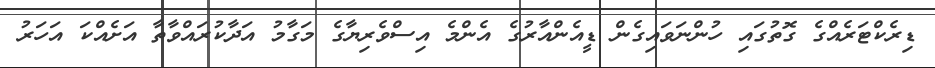
ޑިރެކްޓަރެއްގެ ގޮތުގައި ހުންނަވައިގެން ޑީއެންއާރުގެ އެންމެ އިސްވެރިޔާގެ މަގާމު އަދާކުރައްވާތާ އަށެއްކަ އަހަރު